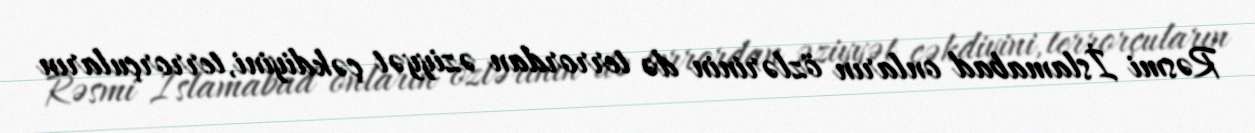
Rəsmi İslamabad onların özlərinin də terrordan əziyyət çəkdiyini, terrorçuların